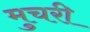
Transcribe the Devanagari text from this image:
मुचरी